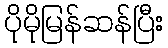
ပိုမိုမြန်ဆန်ပြီး